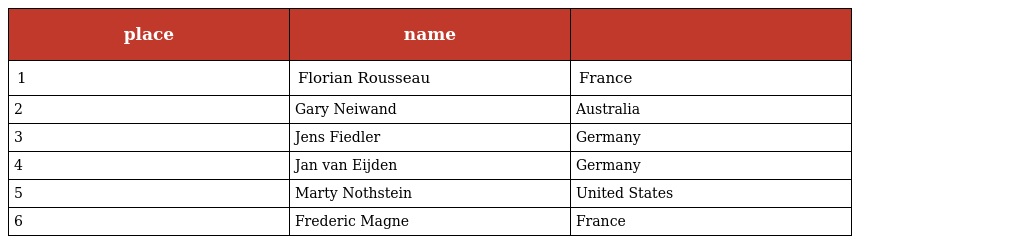
| place | name |  |
 | --- | --- | --- |
 | 1 | Florian Rousseau | France |
 | 2 | Gary Neiwand | Australia |
 | 3 | Jens Fiedler | Germany |
 | 4 | Jan van Eijden | Germany |
 | 5 | Marty Nothstein | United States |
 | 6 | Frederic Magne | France |